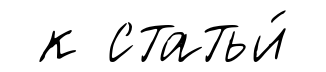
к статьи́